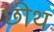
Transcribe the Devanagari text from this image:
छीथ